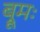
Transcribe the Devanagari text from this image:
ब्रूमः